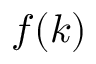
f ( k )